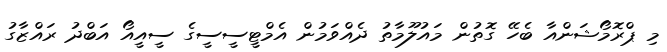
މި ޕްރޮމޯޝަންއާ ބެހޭ ގޮތުން މައުލޫމާތު ދެއްވަމުން އެމްޓީސީސީގެ ސީއީއޯ އަބްދު ރައްޒާގު